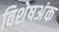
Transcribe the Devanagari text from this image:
विशेषअंक